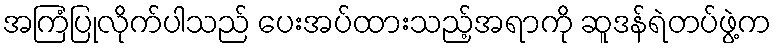
အကြံပြုလိုက်ပါသည် ပေးအပ်ထားသည့်အရာကို ဆူဒန်ရဲတပ်ဖွဲ့က